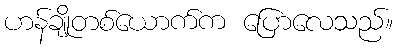
ဟန်ချိုတစ်ယောက်က ပြောလေသည်။